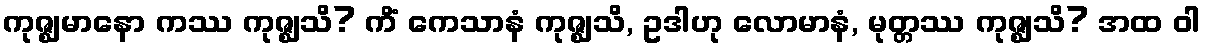
ကုဇ္ဈမာနော ကဿ ကုဇ္ဈသိ? ကိံ ကေသာနံ ကုဇ္ဈသိ, ဥဒါဟု လောမာနံ, မုတ္တဿ ကုဇ္ဈသိ? အထ ဝါ